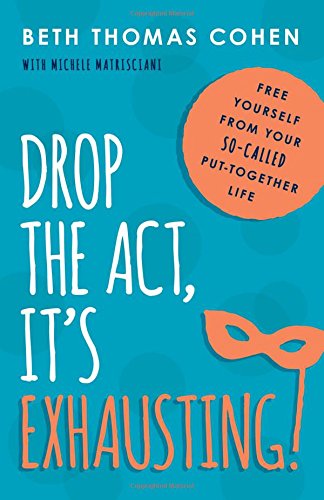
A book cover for Drop the Act, It's Exhausting!: Free Yourself from Your So-Called Put-Together Life; Beth Thomas Cohen; Humor & Entertainment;